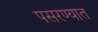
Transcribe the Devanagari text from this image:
पसरण्यात